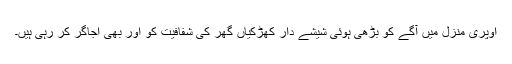
اوپری منزل میں آگے کو بڑھی ہوئی شیشے دار کھڑکیاں گھر کی شفافیت کو اور بھی اُجاگر کر رہی ہیں۔